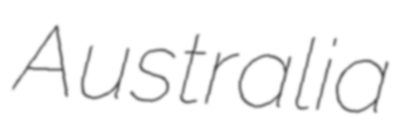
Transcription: Australia